Indian journal of veterinary science and animal husbandry - Volumes 15-17, 1948-1951
Year: 1948
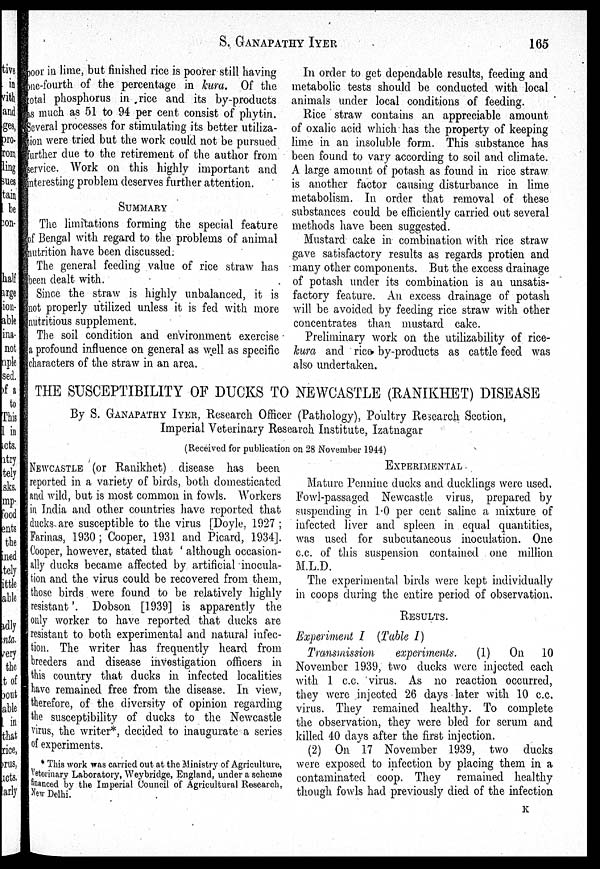
S.
GANAPATHY
IYER
165
poor in lime, but finished rice is poorer still having
one-fourth of the percentage in kura. Of the
total phosphorus in rice and its by-products
as much as 51 to 94 per cent consist of phytin.
Several processes for stimulating its better utiliza-
tion were tried but the work could not be pursued
further due to the retirement of the author from
service. Work on this highly important and
interesting problem deserves further attention.
SUMMARY
The limitations forming the special feature
of Bengal with regard to the problems of animal
nutrition have been discussed.
The general feeding value of rice straw has
been dealt with.
Since the straw is highly unbalanced, it is
not properly utilized unless it is fed with more
nutritious supplement.
The soil condition and environment exercise
a profound influence on general as well as specific
characters of the straw in an area.
In order to get dependable results, feeding and
metabolic tests should be conducted with local
animals under local conditions of feeding.
Rice straw contains an appreciable amount
of oxalic acid which has the property of keeping
lime in an insoluble form. This substance has
been found to vary according to soil and climate.
A large amount of potash as found in rice straw
is another factor causing disturbance in lime
metabolism. In order that removal of these
substances could be efficiently carried out several
methods have been suggested.
Mustard cake in combination with rice straw
gave satisfactory results as regards protien and
many other components. But the excess drainage
of potash under its combination is an unsatis-
factory feature. An excess drainage of potash
will be avoided by feeding rice straw with other
concentrates than mustard cake.
Preliminary work on the utilizability of rice¬
kura and rice by-products as cattle feed was
also undertaken.
THE SUSCEPTIBILITY OF DUCKS TO NEWCASTLE (RANIKHET) DISEASE
By S. GANAPATHY IYER, Research Officer (Pathology), Poultry Research Section,
Imperial Veterinary Research Institute, Izatnagar
(Received for publication on 28 November 1944)
(Received for publication
NEWCASTLE (or Ranikhet) disease has been
reported in a variety of birds, both domesticated
and wild, but is most common in fowls. Workers
in India and other countries have reported that
ducks are susceptible to the virus [Doyle, 1927;
Farinas, 1930; Cooper, 1931 and Picard, 1934].
Cooper, however, stated that 'although occasion-
ally ducks became affected by artificial inocula-
tion and the virus could be recovered from them,
those birds were found to be relatively highly
resistant'. Dobson [1939] is apparently the
only worker to have reported that ducks are
resistant to both experimental and natural infec-
tion. The writer has frequently heard from
breeders and disease investigation officers in
this country that ducks in infected localities
have remained free from the disease. In view,
therefore, of the diversity of opinion regarding
the susceptibility of ducks to the Newcastle
virus, the writer*, decided to inaugurate a series
of experiments.
* This work was carried out at the Ministry of Agriculture,
Veterinary Laboratory, Weybridge, England, under a scheme
financed by the Imperial Council of Agricultural Research,
New Delhi.
on 28 November 1944)
EXPERIMENTAL
Mature Pennine ducks and ducklings were used.
Fowl-passaged Newcastle virus, prepared by
suspending in 1.0 per cent saline a mixture of
infected liver and spleen in equal quantities,
was used for subcutaneous inoculation. One
c.c. of this suspension contained one million
M.L.D.
The experimental birds were kept individually
in coops during the entire period of observation.
RESULTS.
Experiment I (Table I)
Transmission
experiments. (1) On 10
November 1939, two ducks were injected each
with 1 c.c. virus. As no reaction occurred,
they were injected 26 days later with 10 c.c.
virus. They remained healthy. To complete
the observation, they were bled for serum and
killed 40 days after the first injection.
(2) On 17 November 1939, two ducks
were exposed to infection by placing them in a
contaminated coop. They remained healthy
though fowls had previously died of the infection
K